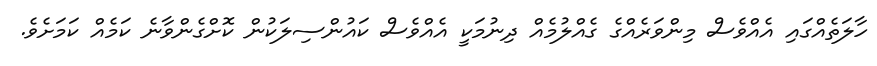
ހާލަތެއްގައި އެއްވެސް މިންވަރެއްގެ ގެއްލުމެއް ދިނުމަކީ އެއްވެސް ކައުންސިލަކުން ކޮށްގެންވާނެ ކަމެއް ކަމަށެވެ.